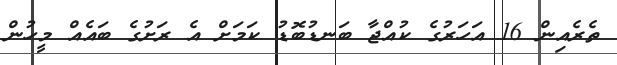
ތެރެއިން 16 އަހަރުގެ ކުއްޖާ ބަނޑުބޮޑު ކަމަށް އެ ރަށުގެ ބައެއް މީހުން